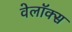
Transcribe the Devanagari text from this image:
वेलॉक्स